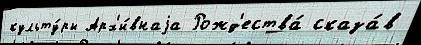
культу́ры Арх'и́внаjа Рожд'ества́ сказа́в